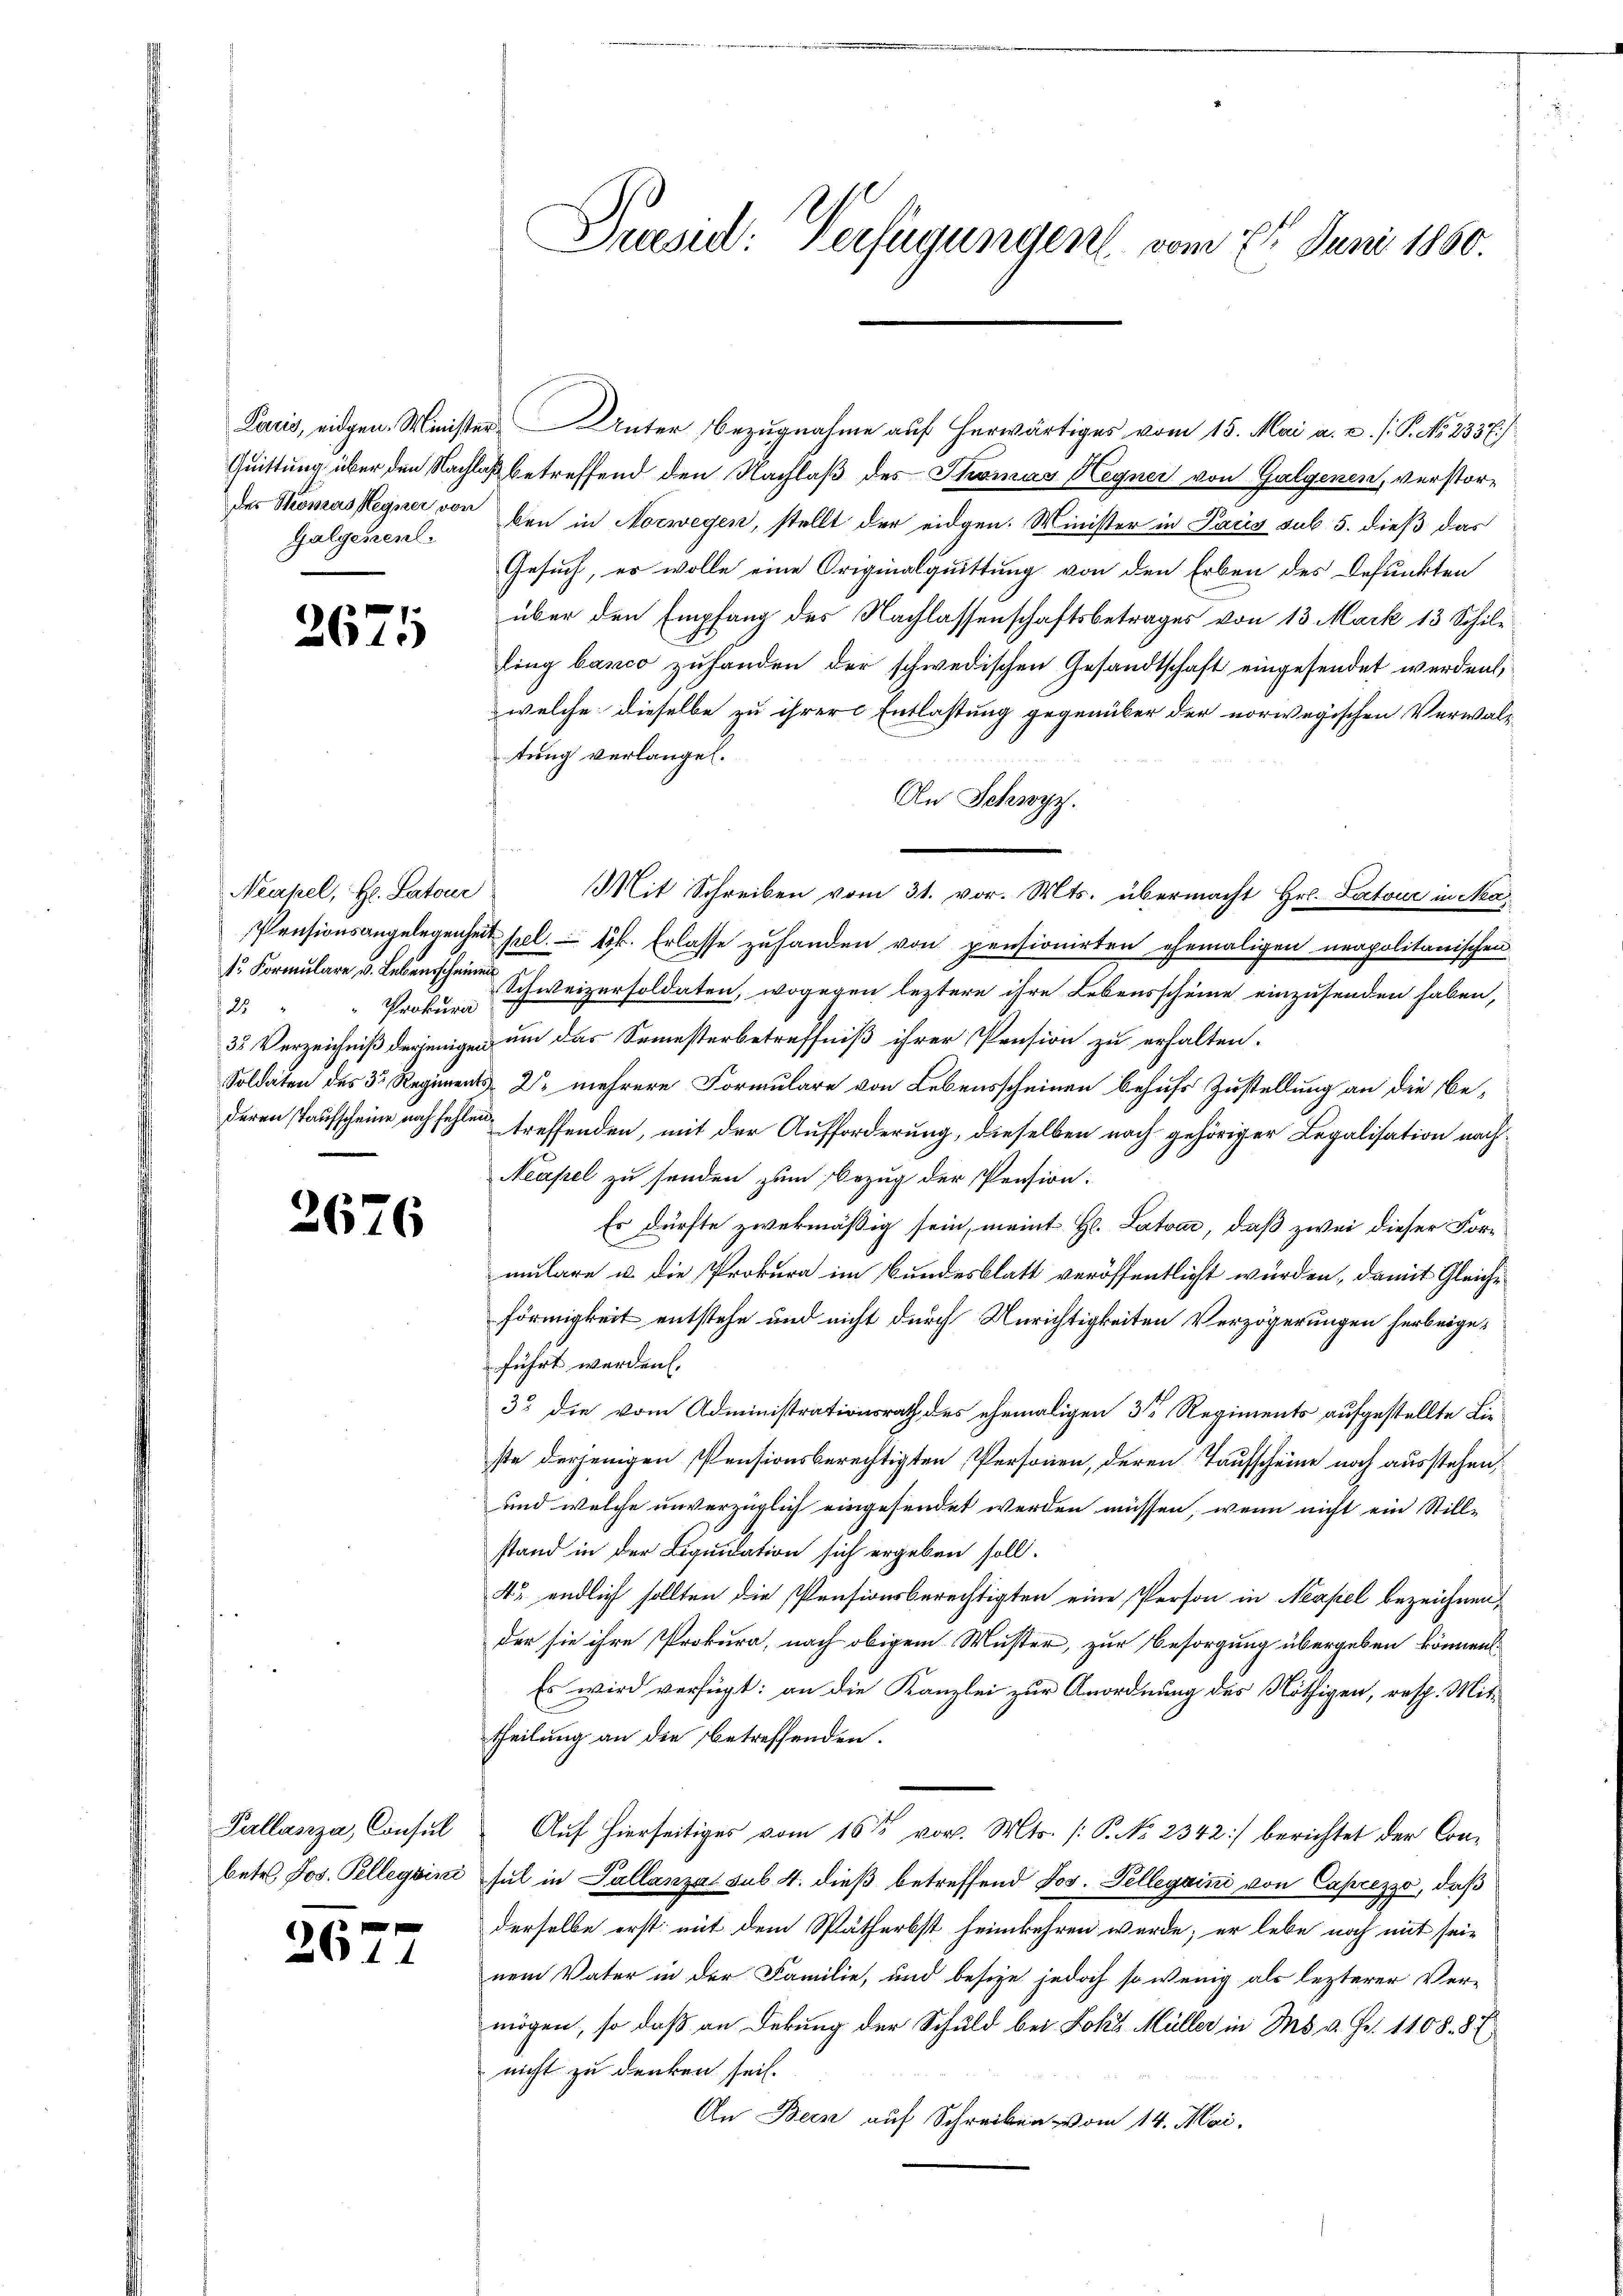
der Thomas segner von
Galgenen

2671

Neapel, Hr. Satour
Prokura
28

2676

Pallasza, Consul
betr. Jos. Pelleggini

f
204

Praesid: Verfügungen vom 21. Juni 1860.

Laris, eidgen. Minister Unter Bezugnahme auf herwärtiges vom 15. Mai a. u. s. P. No. 2337.)
Quittung über den Nachlaß betreffend den Nachlaß des Thomas Hegner von Galgenen, verstorben in Norwegen, stellt der eidgen. Minister in Pacis sub. 5. dieß das
Gesuch, er wolle eine Originalquittung von den Erben des Befunkten
über den Empfang des Nachlassenschaftsbetrages von 13 Mark 13 Schili
ling banco zuhanden der schwedischen Gesandtschaft eingesendet werden,
welche dieselbe zu ihrer Entlastung gegenüber der norwegischen Verwalt-
tung verlangel.
An Schwyz.
Mit Schreiben vom 31. vor. Mts. übermacht Hr. Satour in Aca¬
Pensionsangelegenheit sel. Frk. Erlasse zuhanden von pensionirten ehemaligen neapolitanischen
s Formulare u. Lebensscheine Schweizersoldaten, wogegen leztere ihre Lebensscheine einzusenden haben,
32 Verzeichniß derjenigen um das Semesterbetreffniß ihrer Pension zu erhalten.
Soldaten des 3. Regiments- 2. mehrere Formulare von Lebensscheinen behufs Zustellung an die Bederen Taufscheine noch fehlen treffenden, mit der Aufforderung, dieselben nach gehöriger Legalisation nach¬
Neapel zu senden zum Bezug der Pension:
Es dürfte zwekmäßig sein, meint H. Latvar, daß zwei dieser Formulare u. die Prokura im Bundesblatt veröffentlicht wurden, damit Gleiche
förmigkeit entstehe und nicht durch Unrichtigkeiten Verzögerungen herbeigeführt werden.
33 die vom Administrationsrath des ehemaligen 3te Regiments aufgestellte Lieste derjenigen Pensionsberechtigten Personen, deren Taufscheine noch ausstehen,
und welche unverzüglich eingesendet werden müssen, wenn nicht ein Stillstand in der Liquidation sich ergeben soll.
4r endlich sollten die Pensionsberechtigten eine Person in Neapel bezeichnen,
der sie ihre Prokura, nach obigem Muster, zur Besorgung übergeben können.
Es wird verfügt: an die Kanzlei zur Anordnung des Nöthigen, resp. Mittheilung an die betreffenden.
Auf hierseitiges vom 16ten vor. Mts. (: P. No 2342) berichtet der Consul in Pallanzat sub. 4. dieß betreffend Jos. Pellegaini von Caprezzo, daß
derselbe erst mit dem Spätherbst heimkehren werde; er lebe noch mit sei-
nem Vater in der Familie, und besize jedoch so wenig als lezterer Ver-
mögen, so daß an Deckung der Schuld bei Joka Müller in M. v. Fr. 1108. 87
nicht zu denken sei.
An Bern auf Schreiben vom 14. Mai.